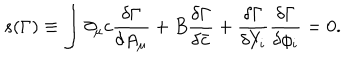
s ( \Gamma ) \equiv \int \partial _ { \mu } c \frac { \delta \Gamma } { \delta A _ { \mu } } + B \frac { \delta \Gamma } { \delta \bar { c } } + \frac { \delta \Gamma } { \delta Y _ { i } } \frac { \delta \Gamma } { \delta \phi _ { i } } = 0 .